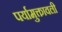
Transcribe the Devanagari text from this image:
पर्यामुक्तावली